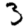
Digit: 3